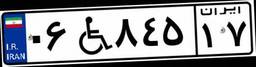
۰۶W۸۴۵۱۷